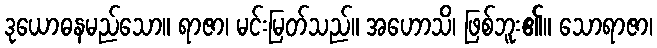
ဒုယောဓနမည်သော။ ရာဇာ၊ မင်းမြတ်သည်။ အဟောသိ၊ ဖြစ်ဘူး၏။ သောရာဇာ၊